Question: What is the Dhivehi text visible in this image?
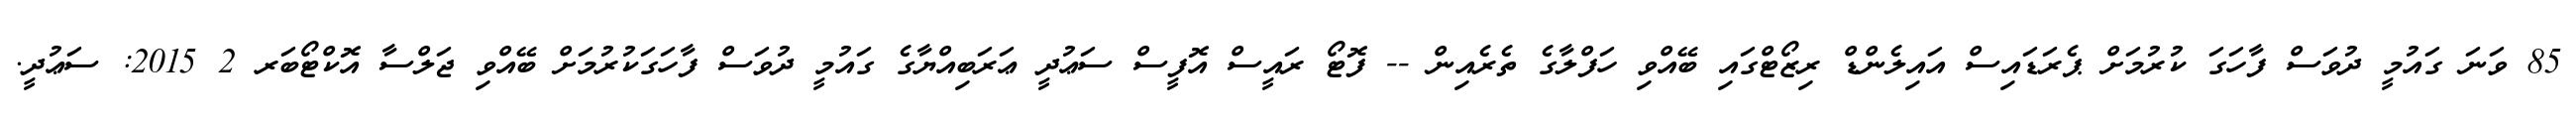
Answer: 85 ވަނަ ގައުމީ ދުވަސް ފާހަގަ ކުރުމަށް ޕެރަޑައިސް އައިލެންޑް ރިޒޯޓްގައި ބޭއްވި ހަފްލާގެ ތެރެއިން -- ފޮޓޯ ރައީސް އޮފީސް ސަޢުދީ ޢަރަބިއްޔާގެ ގައުމީ ދުވަސް ފާހަގަކުރުމަށް ބޭއްވި ޖަލްސާ އޮކްޓޯބަރ 2 2015: ސަޢުދީ.